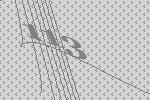
113